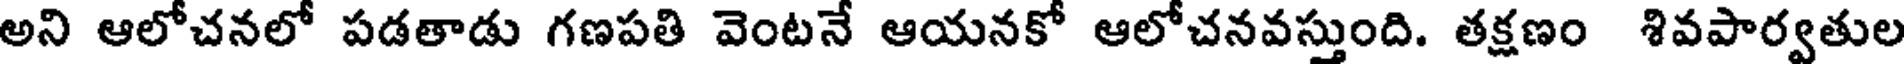
అని ఆలోచనలో పడతాడు గణపతి వెంటనే ఆయనకో ఆలోచనవస్తుంది. తక్షణం శివపార్వతుల